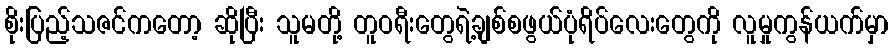
စိုးပြည့်သဇင်ကတော့ ဆိုပြီး သူမတို့ တူဝရီးတွေရဲ့ချစ်စဖွယ်ပုံရိပ်လေးတွေကို လူမှုကွန်ယက်မှာ